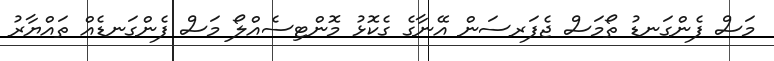
މަސް ފެންގަނޑު ތޯމަސް ޖެފަރސަން އޭނާގެ ގެކޮޅު މޮންޓިސެއްލޯ މަސް ފެންގަނޑެއް ތައްޔާރު